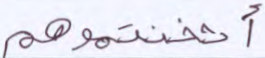
أثخنتموهم